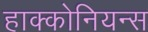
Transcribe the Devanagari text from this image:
हाक्कोनियन्स